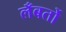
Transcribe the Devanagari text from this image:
लँबर्तो